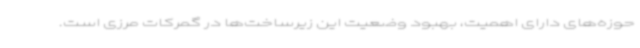
حوزه‌های دارای اهمیت، بهبود وضعیت این زیرساخت‌ها در گمرکات مرزی است.